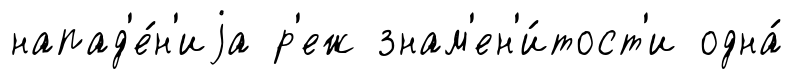
напад'е́н'иjа р'еж знам'ен'и́тост'и одна́